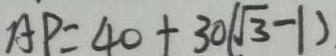
A P = 4 0 + 3 0 ( \sqrt { 3 } - 1 )